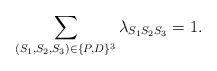
\begin{align*} \sum_{ (S_1,S_2,S_3) \in \{P, D\}^3}\lambda_{S_1S_2S_3} = 1. \end{align*}